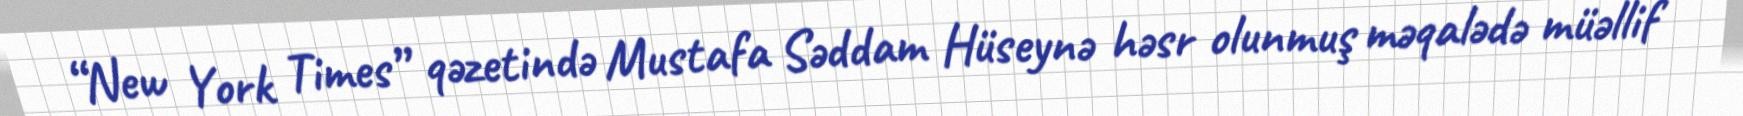
“New York Times” qəzetində Mustafa Səddam Hüseynə həsr olunmuş məqalədə müəllif